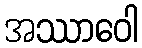
အဿာဝေါ